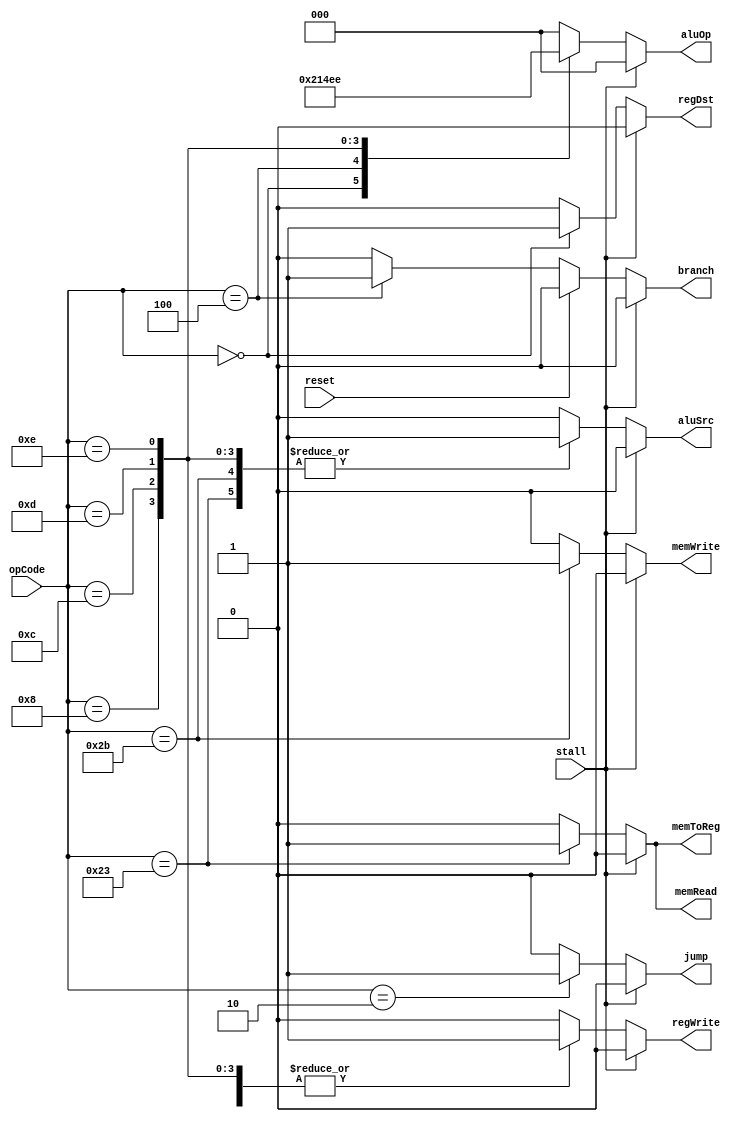
`timescale 1ns / 1ps
//////////////////////////////////////////////////////////////////////////////////
// Company: 
// Engineer: 
// 
// Design Name: 
// Module Name: Ctrl
// Project Name: 
// Target Devices: 
// Tool Versions: 
// Description: 
// 
// Dependencies: 
// 
// Revision:
// Revision 0.01 - File Created
// Additional Comments:
// 
//////////////////////////////////////////////////////////////////////////////////


module Ctrl(
    input reset,
    input [5:0] opCode,
    input stall, //add stall
    output regDst,
    output aluSrc,
    output memToReg,
    output regWrite,
    output memRead,
    output memWrite,
    output branch,
    output [2:0] aluOp,
    output jump
    );
    reg RegDst;
    reg ALUSrc;
    reg MemToReg;
    reg RegWrite;
    reg MemRead;
    reg MemWrite;
    reg Branch;
    reg [2:0] ALUOp;
    reg Jump;
    
    always @(opCode or stall or reset)
    begin
        case(opCode)
            6'b000000: //R Type
            begin
                RegDst = 1;
                ALUSrc = 0;
                MemToReg = 0;
                RegWrite = 1;
                MemRead = 0;
                MemWrite = 0;
                Branch = 0;
                ALUOp = 3'b100;
                Jump = 0;
            end
            6'b100011: //lw
            begin
                RegDst = 0;
                ALUSrc = 1;
                MemToReg = 1;
                RegWrite = 1;
                MemRead = 1;
                MemWrite = 0;
                Branch = 0;
                ALUOp = 3'b000;
                Jump = 0;
            end
            6'b101011: //sw
            begin
                RegDst = 0;
                ALUSrc = 1;
                MemToReg = 0;
                RegWrite = 0;
                MemRead = 0;
                MemWrite = 1;
                Branch = 0;
                ALUOp = 3'b000;
                Jump = 0;
            end
            6'b000100: //beq
            begin
                RegDst = 0;
                ALUSrc = 0;
                MemToReg = 0;
                RegWrite = 0;
                MemRead = 0;
                MemWrite = 0;
                Branch = 1;
                ALUOp = 3'b001;
                Jump = 0;
            end
            6'b000010: //Jump
            begin
                RegDst = 0;
                ALUSrc = 0;
                MemToReg = 0;
                RegWrite = 0;
                MemRead = 0;
                MemWrite = 0;
                Branch = 0;
                ALUOp = 3'b000;
                Jump = 1;
            end
            6'b001000: //addi
            begin
                RegDst = 0;
                ALUSrc = 1;
                MemToReg = 0;
                RegWrite = 1;
                MemRead = 0;
                MemWrite = 0;
                Branch = 0;
                ALUOp = 3'b010;
                Jump = 0;
            end
            6'b001100: //andi
            begin
                RegDst = 0;
                ALUSrc = 1;
                MemToReg = 0;
                RegWrite = 1;
                MemRead = 0;
                MemWrite = 0;
                Branch = 0;
                ALUOp = 3'b011;
                Jump = 0;
            end
            6'b001101: //ori
            begin
                RegDst = 0;
                ALUSrc = 1;
                MemToReg = 0;
                RegWrite = 1;
                MemRead = 0;
                MemWrite = 0;
                Branch = 0;
                ALUOp = 3'b101;
                Jump = 0;
            end
            6'b001110: //xori
            begin
                RegDst = 0;
                ALUSrc = 1;
                MemToReg = 0;
                RegWrite = 1;
                MemRead = 0;
                MemWrite = 0;
                Branch = 0;
                ALUOp = 3'b110;
                Jump = 0;
            end
            default:
            begin
                RegDst = 0;
                ALUSrc = 0;
                MemToReg = 0;
                RegWrite = 0;
                MemRead = 0;
                MemWrite = 0;
                Branch = 0;
                ALUOp = 3'b000;
                Jump = 0;
            end
        endcase   
        if(reset) Branch=0;
        if(stall) begin
            RegDst = 0;
            ALUSrc = 0;
            MemToReg = 0;
            RegWrite = 0;
            MemRead = 0;
            MemWrite = 0;
            Branch = 0;
            ALUOp = 3'b000;
            Jump = 0;
        end
     end
     assign regDst = RegDst;
     assign aluSrc = ALUSrc;
     assign memToReg = MemToReg;
     assign regWrite = RegWrite;
     assign memRead = MemRead;
     assign memWrite = MemWrite;
     assign branch = Branch;
     assign aluOp = ALUOp;
     assign jump = Jump;
endmodule